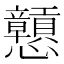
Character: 戅